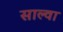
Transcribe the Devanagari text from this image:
साल्वा